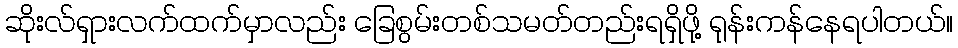
ဆိုးလ်ရှားလက်ထက်မှာလည်း ခြေစွမ်းတစ်သမတ်တည်းရရှိဖို့ ရုန်းကန်နေရပါတယ်။